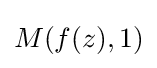
M(f(z),1)